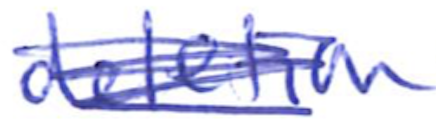
Text: deletion
Cross-out: scratch
Writing tool: ballpoint